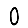
Digit: 0